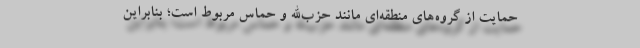
حمایت از گروه‌های منطقه‌ای مانند حزب‌الله و حماس مربوط­­ است؛ بنابراین